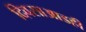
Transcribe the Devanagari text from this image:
दिवसाआडही